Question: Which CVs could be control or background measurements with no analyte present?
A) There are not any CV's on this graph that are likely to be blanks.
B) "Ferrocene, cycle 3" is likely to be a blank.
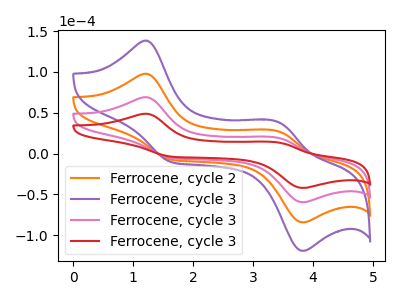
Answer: <think>The orange curve "Ferrocene, cycle 2" has anodic peaks at (1.20V, 138.25uA) (3.45V, 38.15uA) and cathodic peaks at (1.65V, -10.35uA) (3.85V, -118.80uA). The purple curve "Ferrocene, cycle 3" has anodic peaks at (1.20V, 207.35uA) (3.45V, 57.20uA) and cathodic peaks at (1.65V, -15.50uA) (3.85V, -178.20uA). The pink curve "Ferrocene, cycle 3" has anodic peaks at (1.20V, 69.10uA) (3.45V, 19.05uA) and cathodic peaks at (1.65V, -5.15uA) (3.85V, -59.40uA). The red curve "Ferrocene, cycle 3" has anodic peaks at (1.20V, 48.85uA) (3.45V, 13.50uA) and cathodic peaks at (1.65V, -3.65uA) (3.85V, -42.00uA).</think>
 <answer>A) There are not any CV's on this graph that are likely to be blanks.</answer>
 <eval>A</eval>